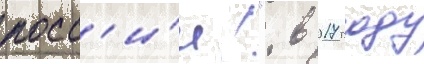
росс'и́и!". в 2017 году